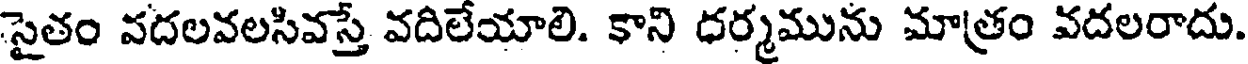
సైతం వదలవలసివస్తే వదిలేయాలి. కాని ధర్మమును మాత్రం వదలరాదు.